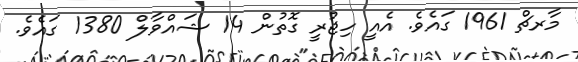
މާރޗް 1961 ގައެވެ. އެއީ ހިޖުރީ ގޮތުން 14 ޝައްވާލް 1380 ގައެވެ.